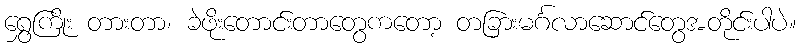
ရွှေကြိုး တားတာ၊ ခဲဖိုးတောင်းတာတွေကတော့ တခြားမင်္ဂလာဆောင်တွေအတိုင်းပါပဲ။